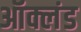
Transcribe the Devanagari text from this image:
ऑक्लंड